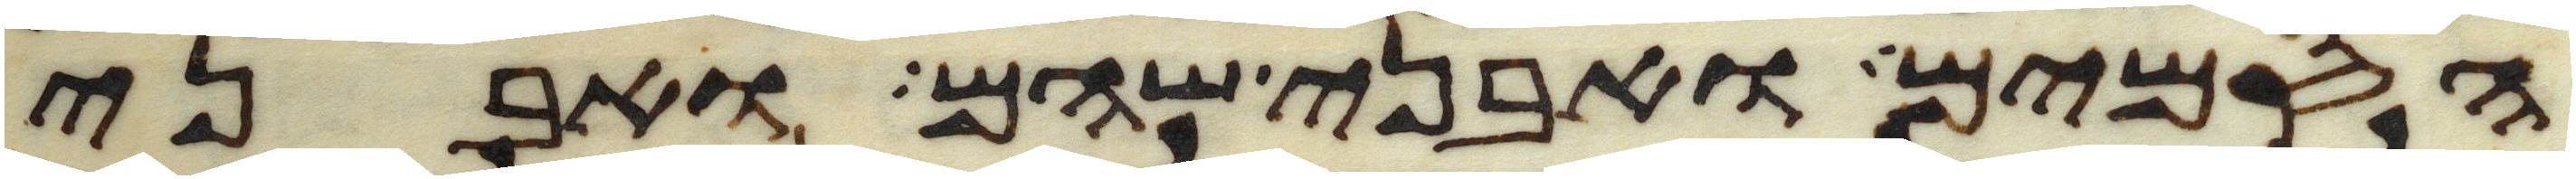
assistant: הסמים ואבני שהם ואבני